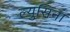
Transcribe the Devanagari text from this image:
ल्युसिना